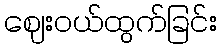
ဈေးဝယ်ထွက်ခြင်း